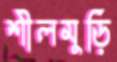
শীলমুড়ি